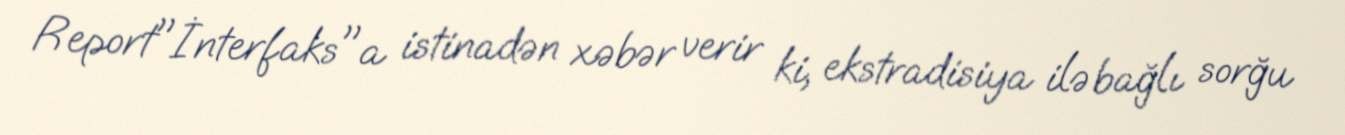
Report"İnterfaks"a istinadən xəbər verir ki, ekstradisiya ilə bağlı sorğu